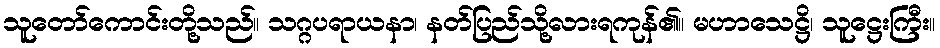
သူတော်ကောင်းတို့သည်။ သဂ္ဂပရာယနာ၊ နတ်ပြည်သို့လားရကုန်၏။ မဟာသေဋ္ဌိ၊ သူဋ္ဌေးကြီး။